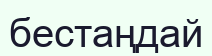
бестаңдай